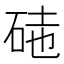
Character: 𥒃